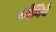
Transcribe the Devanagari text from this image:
कोयिवे